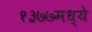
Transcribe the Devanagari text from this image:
१३७७मध्ये